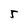
Character: 5